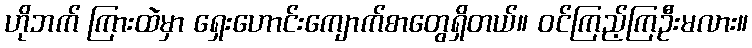
ဟိုဘက် ကြားထဲမှာ ရှေးဟောင်းကျောက်စာတွေရှိတယ်။ ဝင်ကြည့်ကြဦးမလား။